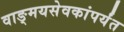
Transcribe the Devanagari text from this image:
वाङ्मयसेवकांपर्यंत